Indian journal of veterinary science and animal husbandry - Volumes 24-25, 1954-1955
Year: 1954
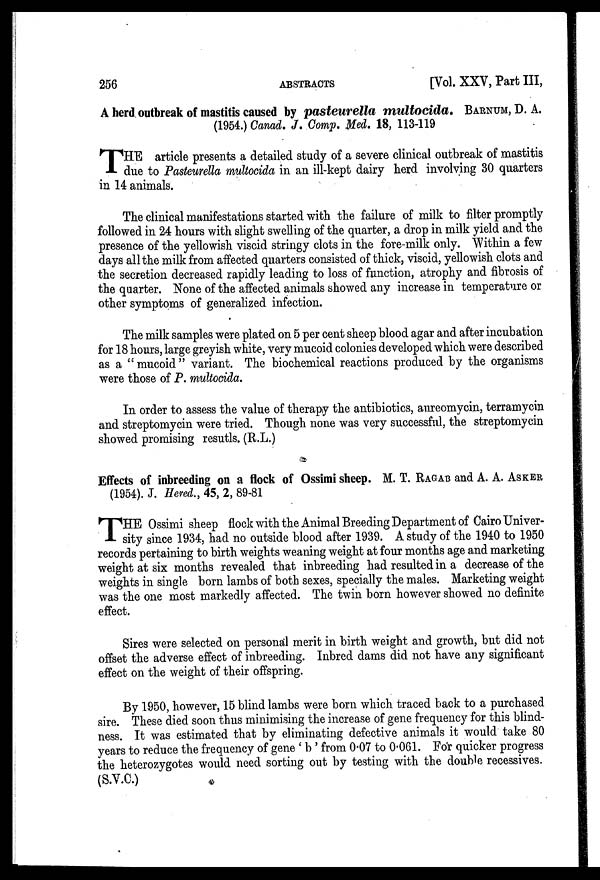
256
ABSTRACTS
[Vol. XXV, Part III,
A herd outbreak of mastitis caused by pasteurella multocida.
BARNUM, D. A.
(1954.) Canad. J. Comp. Med. 18, 113-119
T HE article presents a detailed study of a severe clinical outbreak of mastitis
due to Pasteurella multocida in an ill-kept dairy herd involving 30 quarters
in 14 animals.
The clinical manifestations started with the failure of milk to filter promptly
followed in 24 hours with slight swelling of the quarter, a drop in milk yield and the
presence of the yellowish viscid stringy clots in the fore-milk only. Within a few
days all the milk from affected quarters consisted of thick, viscid, yellowish clots and
the secretion decreased rapidly leading to loss of function, atrophy and fibrosis of
the quarter. None of the affected animals showed any increase in temperature or
other symptoms of generalized infection.
The milk samples were plated on 5 per cent sheep blood agar and after incubation
for 18 hours, large greyish white, very mucoid colonies developed which were described
as a "mucoid" variant. The biochemical reactions produced by the organisms
were those of P. multocida.
In order to assess the value of therapy the antibiotics, aureomycin, terramycin
and streptomycin were tried. Though none was very successful, the streptomycin
showed promising resutls. (R.L.)
Effects of inbreeding on a flock of Ossimi sheep. M. T. RAGAB and A. A. ASKER
(1954). J. Hered., 45, 2, 89-81
T HE Ossimi sheep flock with the Animal Breeding Department of Cairo Univer-
sity since 1934, had no outside blood after 1939. A study of the 1940 to 1950
records pertaining to birth weights weaning weight at four months age and marketing
weight at six months revealed that inbreeding had resulted in a decrease of the
weights in single born lambs of both sexes, specially the males. Marketing weight
was the one most markedly affected. The twin born however showed no definite
effect.
Sires were selected on personal merit in birth weight and growth, but did not
offset the adverse effect of inbreeding. Inbred dams did not have any significant
effect on the weight of their offspring.
By 1950, however, 15 blind lambs were born which traced back to a purchased
sire. These died soon thus minimising the increase of gene frequency for this blind-
ness. It was estimated that by eliminating defective animals it would take 80
years to reduce the frequency of gene 'b' from 0.07 to 0.061. For quicker progress
the heterozygotes would need sorting out by testing with the double recessives.
(S.V.C.)